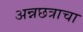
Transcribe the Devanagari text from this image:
अन्नछत्राचा